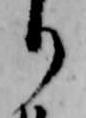
り